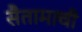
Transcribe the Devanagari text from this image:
सैतामाची